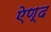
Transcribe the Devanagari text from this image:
ऐण्द